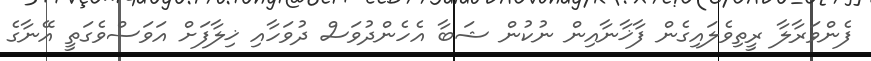
ފެންވަރާލާ ރީތިވެލައިގެން ފާޚާނާއިން ނުކުން ޝަބާ އެހެންދުވަސް ދުވަހާއި ޚިލާފަށް އަވަސްވެގަތީ އޭނާގެ